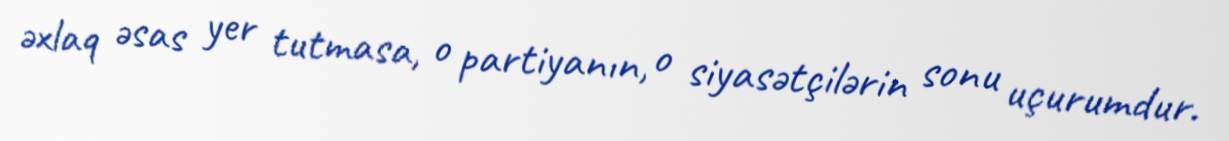
əxlaq əsas yer tutmasa, o partiyanın, o siyasətçilərin sonu uçurumdur.